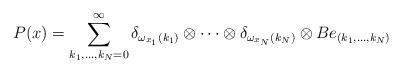
LaTeX: \begin{align*}P(x)=\sum_{k_1,...,k_N=0}^\infty \delta_{\omega_{x_1}(k_1)}\otimes\cdots\otimes\delta_{\omega_{x_N}(k_N)}\otimes Be_{(k_1,...,k_N)}\end{align*}